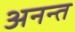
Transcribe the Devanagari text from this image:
अनन्‍त